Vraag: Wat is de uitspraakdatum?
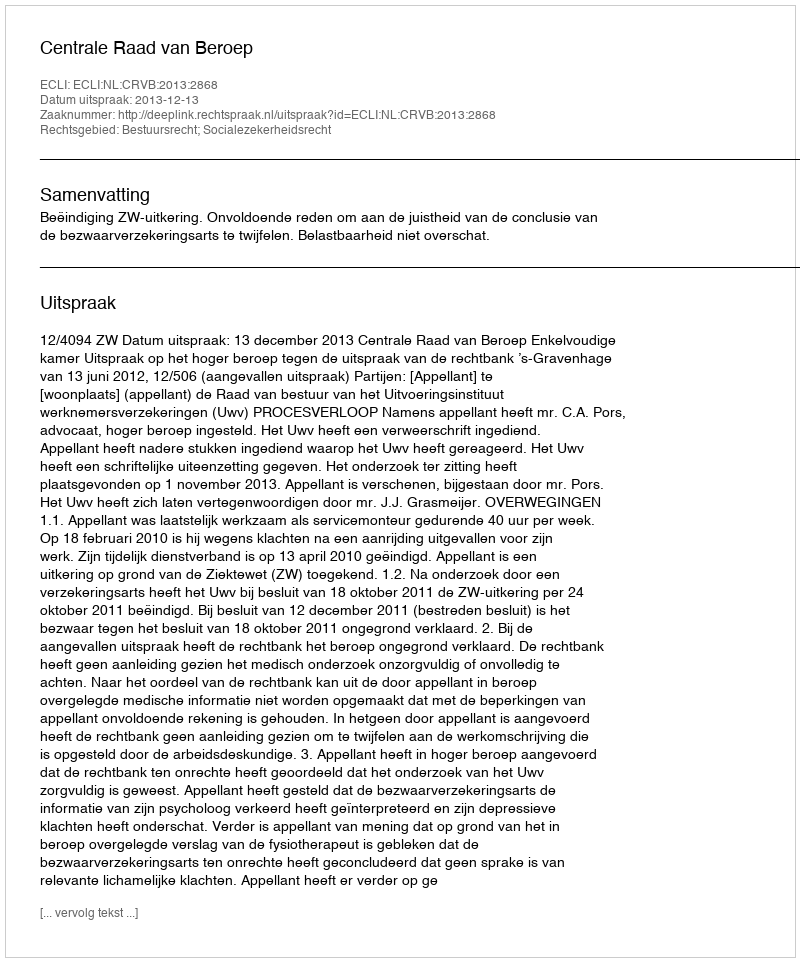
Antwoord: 2013-12-13